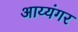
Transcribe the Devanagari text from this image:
अाय्यंगर